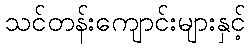
သင်တန်းကျောင်းများနှင့်